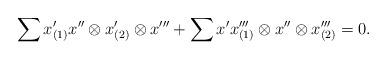
LaTeX: \begin{align*} \sum x'_{(1)} x'' \otimes x'_{(2)} \otimes x''' + \sum x'x'''_{(1)} \otimes x'' \otimes x'''_{(2)} = 0. \end{align*}